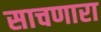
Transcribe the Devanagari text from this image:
साचणारा